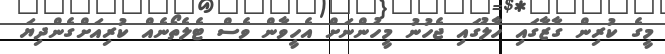
މީގެ ކުރިން ގާޒާގައި ހާލުގައި ޖެހުނު މީހުންނަށް އެހީވާން ވެސް ޓެލެތޯނެއް ކުރިއަށްގެންދިޔަ